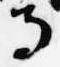
寺